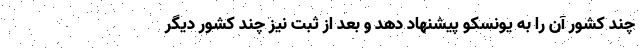
چند کشور آن را به یونسکو پیشنهاد دهد و بعد از ثبت نیز چند کشور دیگر